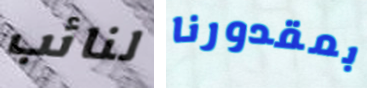
لنائب بمقدورنا